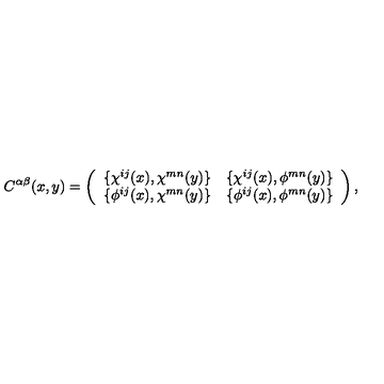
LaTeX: C ^ { \alpha \beta } ( x , y ) = \left( \begin{array} { c c } { \{ \chi ^ { i j } ( x ) , \chi ^ { m n } ( y ) \} } & { \{ \chi ^ { i j } ( x ) , \phi ^ { m n } ( y ) \} } \\ { \{ \phi ^ { i j } ( x ) , \chi ^ { m n } ( y ) \} } & { \{ \phi ^ { i j } ( x ) , \phi ^ { m n } ( y ) \} } \\ \end{array} \right) ,